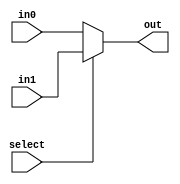
module mux_2 (out, select, in0, in1);
	input select;
	input [31:0] in0, in1;
	output [31:0] out;
	assign out = select ? in1 : in0;
endmodule 

module mux_4 (out, select, in0, in1, in2, in3);
	input [1:0] select;
	input [31:0] in0, in1, in2, in3;
	output [31:0] out;
	wire [31:0] w1, w2;

	mux_2 first_top(w1, select[0], in0, in1);
	mux_2 first_bottom(w2, select[0], in2, in3);
	mux_2 second(out, select[1], w1, w2);
endmodule

module mux_8 (out, select, in0, in1, in2, in3, in4, in5, in6, in7);
	input [2:0] select;
	input [31:0] in0, in1, in2, in3, in4, in5, in6, in7;
	output [31:0] out;
	wire [31:0] w1, w2;

	mux_4 first_top(w1, select[1:0], in0, in1, in2, in3);
	mux_4 first_bottom(w2, select[1:0], in4, in5, in6, in7);
	mux_2 second(out, select[2], w1, w2);
endmodule

module mux_16(out, select, in0, in1, in2, in3, in4, in5, in6, in7, in8, in9, in10, in11, in12, in13, in14, in15);
	input [3:0] select;
	input [31:0] in0, in1, in2, in3, in4, in5, in6, in7, in8, in9, in10, in11, in12, in13, in14, in15;
	output [31:0] out;
	wire [31:0] w1, w2;

	mux_8 first_top(w1, select[2:0], in0, in1, in2, in3, in4, in5, in6, in7);
	mux_8 first_bottom(w2, select[2:0], in8, in9, in10, in11, in12, in13, in14, in15);
	mux_2 second(out, select[3], w1, w2);
endmodule

module mux_32(out, select, in0, in1, in2, in3, in4, in5, in6, in7, in8, in9, in10, in11, in12, in13, in14, in15, in16, in17, in18, in19, in20, in21, in22, in23, in24, in25, in26, in27, in28, in29, in30, in31);
	input [4:0] select;
	input [31:0] in0, in1, in2, in3, in4, in5, in6, in7, in8, in9, in10, in11, in12, in13, in14, in15, in16, in17, in18, in19, in20, in21, in22, in23, in24, in25, in26, in27, in28, in29, in30, in31;
	output [31:0] out;
	wire [31:0] w1, w2;

	mux_16 first_top(w1, select[3:0], in0, in1, in2, in3, in4, in5, in6, in7, in8, in9, in10, in11, in12, in13, in14, in15);
	mux_16 first_bottom(w2, select[3:0], in16, in17, in18, in19, in20, in21, in22, in23, in24, in25, in26, in27, in28, in29, in30, in31);
	mux_2 second(out, select[4], w1, w2);
endmodule